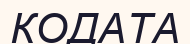
КОДАТА